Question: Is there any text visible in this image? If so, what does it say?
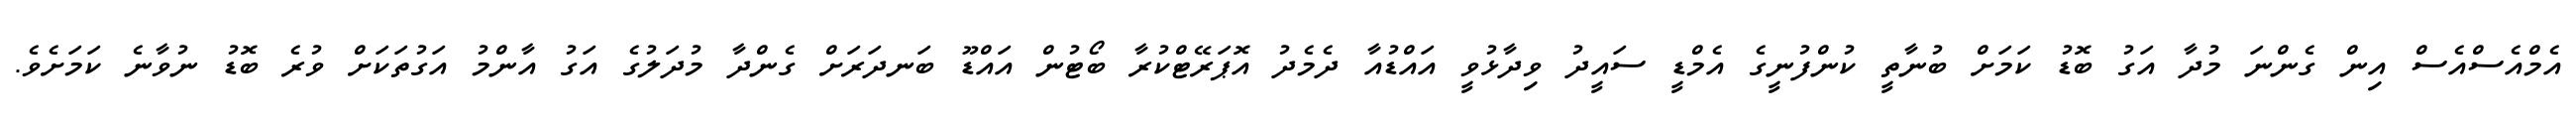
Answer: އެމްއެސްއެސް އިން ގެންނަ މުދާ އަގު ބޮޑު ކަމަށް ބުނާތީ ކުންފުނީގެ އެމްޑީ ސައީދު ވިދާޅުވީ އައްޑުއާ ދެމެދު އޮޕަރޭޓްކުރާ ބޯޓުން އައްޑޫ ބަނދަރަށް ގެންދާ މުދަލުގެ އަގު އާންމު އަގުތަކަށް ވުރެ ބޮޑު ނުވާނެ ކަމަށެވެ.